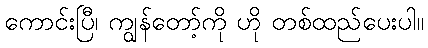
ကောင်းပြီ၊ ကျွန်တော့်ကို ဟို တစ်ထည်ပေးပါ။